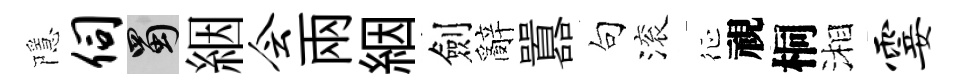
隱伺蜀絪会兩絪劍辭囂句滚征視桐湘霎